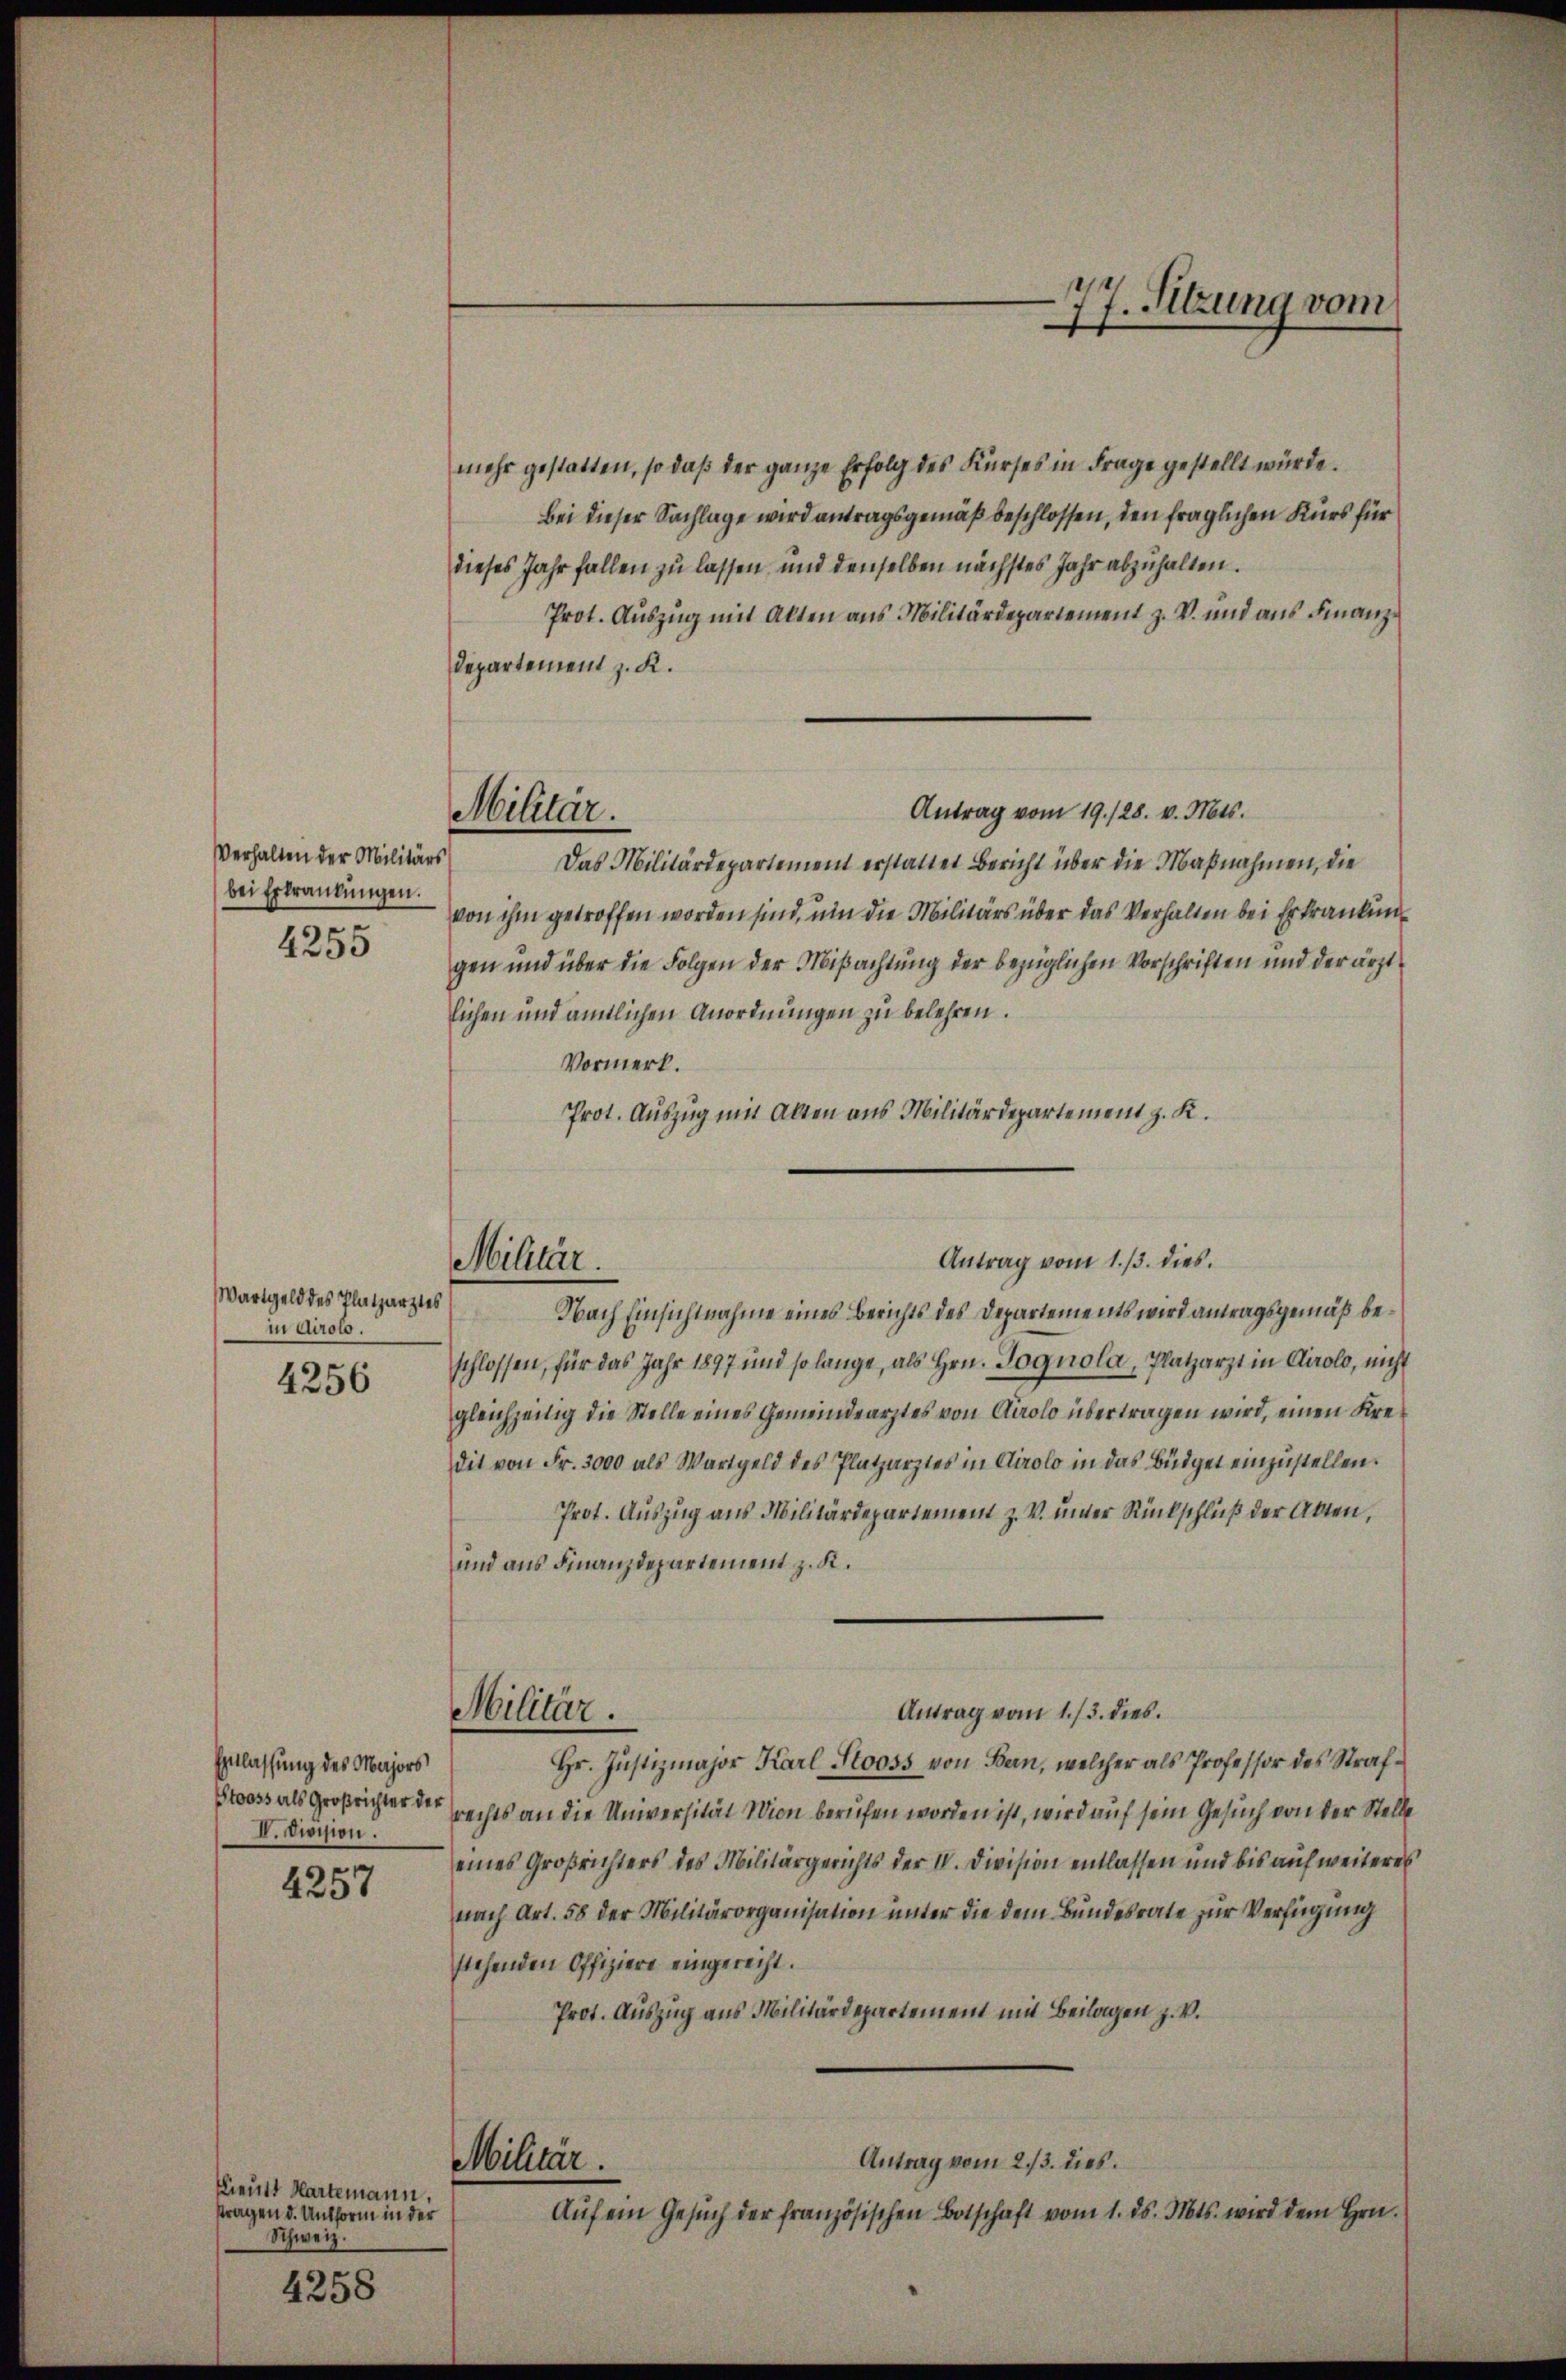
77. Sitzung vom
.

mehr gestatten, so daß der ganze Erfolg des Kurses in Frage gestellt würde.
Bei dieser Sachlage wird antragsgemäß beschlossen, den fraglichen Kurs für
dieses Jahr fallen zu lassen und denselben nächstes Jahr abzuhalten.
Prot. Auszug mit Alten aus Militärdepartement z. V. und aus Finanz¬
Departement z. K.
Antrag vom 19. 128. v. Mts.
Das Militärdepartement erstattet Bericht über die Maßnahmen, die
von ihm getroffen worden sind, um die Militärs über das Verhalten bei Erkrankungen und über die Folgen der Mißachtung der bezüglichen Vorschriften und der ärztlichen und amtlichen Anordnungen zu belehren.
Vormerk.
Prot. Auszug mit Alten aus Militärdepartement z. K.
Nach Einsichtnahme eines Berichts des Departements wird antragsgemäß beschlossen, für das Jahr 1897 und so lange, als Hrn. Sognola, Platzarzt in Airolo, nicht
gleichzeitig die Stelle eines Gemeindearztes von Airolo übertragen wird, einen Kredit von Fr. 3000 als Wartgeld des Platzarztes in Airolo in das Büdget einzustellen.
Prot. Auszug aus Militärdepartement z. V. unter Rückschluß der Akten,
und aus Finanzdepartement z. K.
Antrag vom 1./3. dies
Militär.
Hr. Justizmajor Karl Stooss von Bern, welcher als Professor des Straf¬
Stooss als Großrichter der rechts an die Universität Wien berufen worden ist, wird auf sein Gesuch von der Stelle
eines Großrichters des Militärgerichts der IV. Division entlassen und bis auf weiteres
nach Art. 58 der Militärorganisation unter die dem Bundesrate zur Verfügung
stehenden Offiziere eingerecht.
Prot. Auszug aus Militärdepartement mit Beilagen z. V.
Antrag vom 23. dies
Militär.
Aŭf ein Gesŭch der französischen Botschaft vom 1. ds. Mts. wird dem Hrn.

Militär.

Verhalten der Militärs
bei Erkrankungen.
—

4255

Antrag vom 1. 13. dies

Militär.

Wartgeld des Platzarztes
in Airolo.

4256

Einlassung des Majors
V. Division.

4257

Lieutt Hartmann,
tragen d. Untform in der
Schweiz.

4258